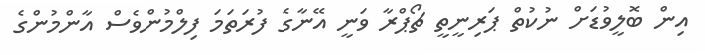
އިން ބޮލީވުޑަށް ނުކުތް ޕަރިނީތީ ޗޯޕްރާ ވަނީ އޭނާގެ ފުރަތަމަ ފިލްމުންވެސް އާންމުންގެ